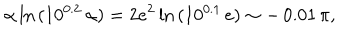
LaTeX: \alpha \ln { ( 1 0 ^ { 0 . 2 } \, \alpha ) } = 2 e ^ { 2 } \ln { ( 1 0 ^ { 0 . 1 } \, e ) } \sim - \, 0 . 0 1 \, \pi ,